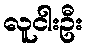
လူငါးဦး